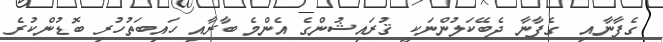
ގެފާނާއި  ގެފާނާ ދެބޭކަލުންނަކީ ޤުރައިޝުންގެ އެންމެ ބާރާއި ހައިބަތުހުރި ބޮޑުންކުރެ